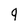
Character: 9